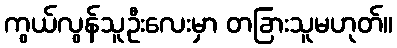
ကွယ်လွန်သူဦးလေးမှာ တခြားသူမဟုတ်။